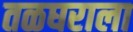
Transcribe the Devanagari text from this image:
तळघराला